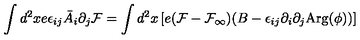
\int d ^ { 2 } x e \epsilon _ { i j } \bar { A } _ { i } \partial _ { j } { \cal F } = \int d ^ { 2 } x \left[ e ( { \cal F } - { \cal F _ { \infty } } ) ( B - \epsilon _ { i j } \partial _ { i } \partial _ { j } \mathrm { A r g } ( \phi ) ) \right]